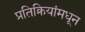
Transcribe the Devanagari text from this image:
प्रतिक्रियांमधून